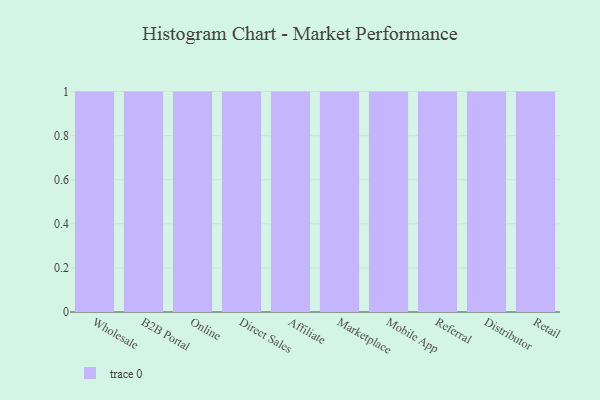
{"axis": {"x": "Channel", "y": "Active Users"}, "legend": [""], "data": [{"x": "Wholesale", "y": 45, "type": ""}, {"x": "B2B Portal", "y": 55, "type": ""}, {"x": "Online", "y": 49, "type": ""}, {"x": "Direct Sales", "y": 57, "type": ""}, {"x": "Affiliate", "y": 42, "type": ""}, {"x": "Marketplace", "y": 32, "type": ""}, {"x": "Mobile App", "y": 7, "type": ""}, {"x": "Referral", "y": 29, "type": ""}, {"x": "Distributor", "y": 58, "type": ""}, {"x": "Retail", "y": 50, "type": ""}]}